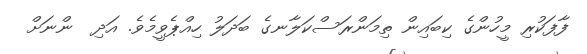
ފާފަކުރި މީހުންގެ ކިބައިން ތިމަންރަސްކަލާނގެ ބަދަލު ހިއްޕެވީމެވެ. އަދި  ންނަށް